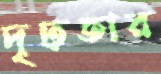
দৃঢ়তার